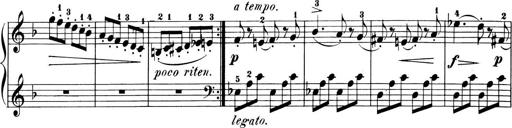
Title: 6 Piano Sonatinas
Composer: Cornelius Gurlitt